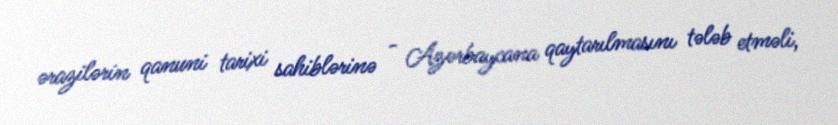
ərazilərin qanuni tarixi sahiblərinə - Azərbaycana qaytarılmasını tələb etməli,